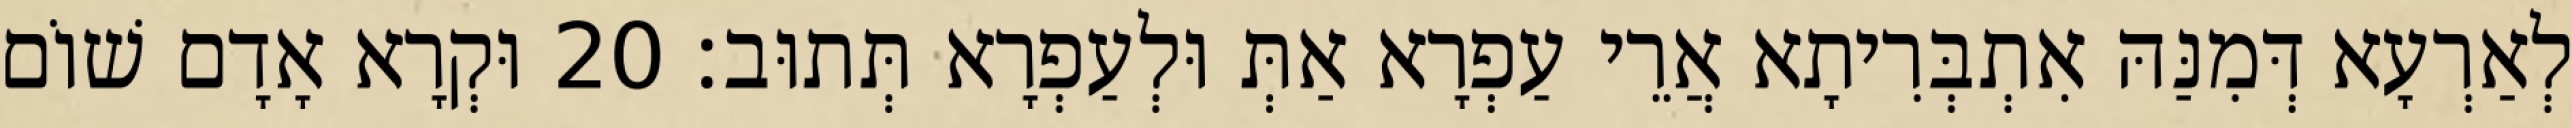
לְאַרְעָא דְּמִנַּהּ אִתְבְּרִיתָא אֲרֵי עַפְרָא אַתְּ וּלְעַפְרָא תְּתוּב׃ 20 וּקְרָא אָדָם שׁוֹם